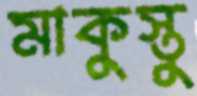
মাকুস্তু